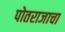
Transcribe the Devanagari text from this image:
पोतराजाचा